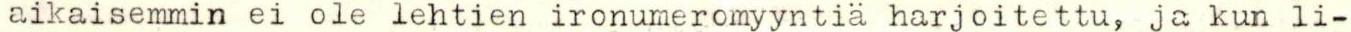
aikaisemmin ei ole lehtien ironumeromyyntiä harjoitettu, ja kun li-